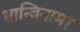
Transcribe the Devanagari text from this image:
धान्विनाम।